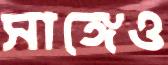
সাঙ্গেও